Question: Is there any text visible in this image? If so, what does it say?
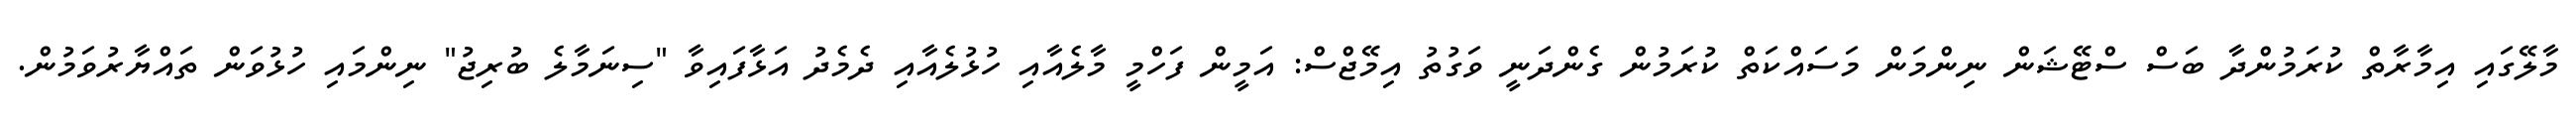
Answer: މާލޭގައި އިމާރާތް ކުރަމުންދާ ބަސް ސްޓޭޝަން ނިންމަން މަސައްކަތް ކުރަމުން ގެންދަނީ ވަގުތު އިމޭޖްސް: އަމީން ފަހްމީ މާލެއާއި ހުޅުލެއާއި ދެމެދު އަޅާފައިވާ "ސިނަމާލެ ބުރިޖު" ނިންމައި ހުޅުވަން ތައްޔާރުވަމުން.